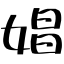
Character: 娼